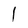
Character: 1